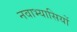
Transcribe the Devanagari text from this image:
नवाभ्यासियों